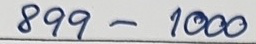
899 - 1000